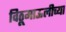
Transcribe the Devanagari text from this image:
विठूमाऊलीच्या